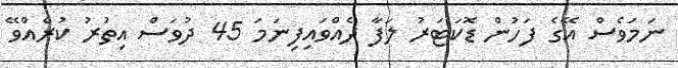
ނަމަވެސް އޭގެ ފަހުން ޑޮކަޓަރު ލަފާ ދެއްވައިފިނަމަ 45 ދުވަސް އިތުރު ކުރެއްވޭ